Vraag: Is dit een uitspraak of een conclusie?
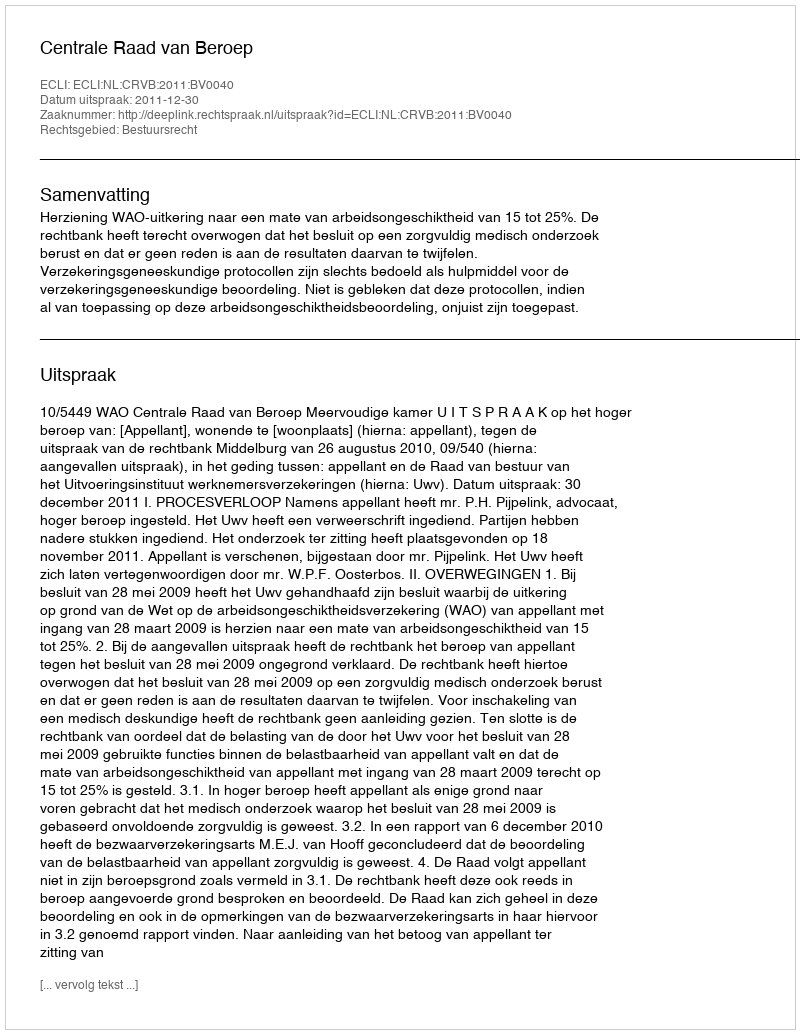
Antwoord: Uitspraak